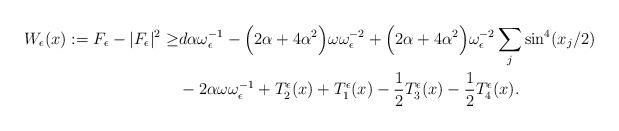
LaTeX: \begin{align*} W_\epsilon(x) := F_\epsilon - |F_\epsilon|^2 \geq &d\alpha \omega_\epsilon^{-1} -\Big(2\alpha+4\alpha^2\Big)\omega \omega_\epsilon^{-2} + \Big(2\alpha+4\alpha^2\Big)\omega_\epsilon^{-2}\sum_j \sin^4(x_j/2) \\ &-2\alpha\omega\omega_\epsilon^{-1} + T_2^\epsilon(x) + T_1^\epsilon(x) - \frac{1}{2} T_3^\epsilon(x)- \frac{1}{2}T_4^\epsilon(x).\end{align*}